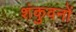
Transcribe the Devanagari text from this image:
शंकुवनों